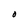
Character: O